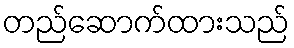
တည်ဆောက်ထားသည်